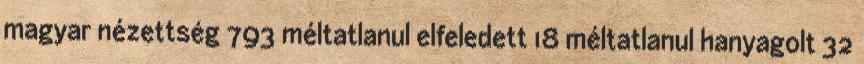
magyar nézettség 793 méltatlanul elfeledett 18 méltatlanul hanyagolt 32